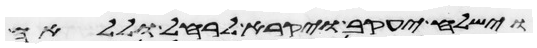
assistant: וישלח יעקב ויקרא לרחל וללאה